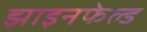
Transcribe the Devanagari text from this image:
झाइनफेल्ड